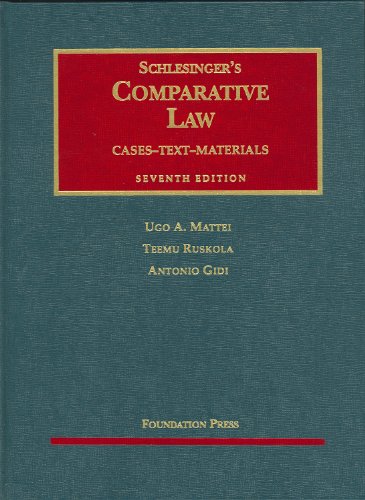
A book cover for Schlesinger's Comparative Law: Cases, Text, Materials, 7th Edition (University Casebooks); Rudolph Schlesinger; Law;